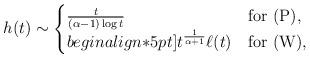
LaTeX: \begin{align*}h(t)\sim\begin{cases}\frac{t}{(\alpha-1)\log t}& \textrm{for (P)},\\begin{align*}5pt]t^\frac{1}{\alpha+1}\ell(t)& \textrm{for (W)},\end{cases}\end{align*}